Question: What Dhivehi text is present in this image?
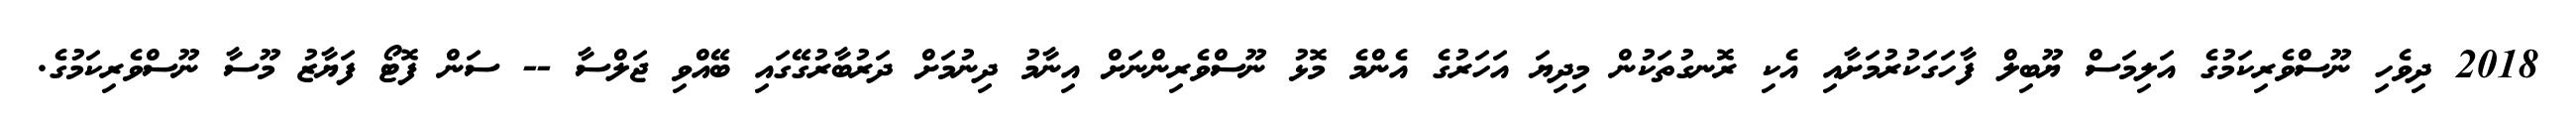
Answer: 2018 ދިވެހި ނޫސްވެރިކަމުގެ އަލިމަސް ޔޫބިލް ފާހަގަކުރުމަށާއި އެކި ރޮނގުތަކުން މިދިޔަ އަހަރުގެ އެންމެ މޮޅު ނޫސްވެރިންނަށް އިނާމު ދިނުމަށް ދަރުބާރުގޭގައި ބޭއްވި ޖަލްސާ -- ސަން ފޮޓޯ ފަޔާޒު މޫސާ ނޫސްވެރިކަމުގެ.